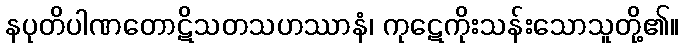
နပုတိပါဏတောဋိသတသဟဿာနံ၊ ကုဋေကိုးသန်းသောသူတို့၏။